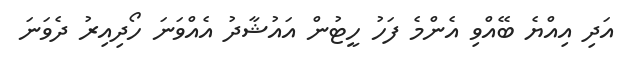
އަދި އިއްޔެ ބޭއްވި އެންމެ ފަހު ހީޓުން އައުޝާދު އެއްވަނަ ހޯދިއިރު ދެވަނަ